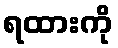
ရထားကို